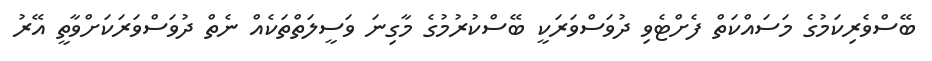
ބޭސްވެރިކަމުގެ މަސައްކަތް ފެށްޓެވި ދުވަސްވަރަކީ ބޭސްކުރުމުގެ މާގިނަ ވަސީލަތްތަކެއް ނެތް ދުވަސްވަރަކަށްވާތީ އޭރު